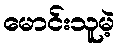
မောင်းသူမဲ့